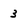
Character: 3